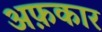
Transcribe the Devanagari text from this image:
अफ़कार